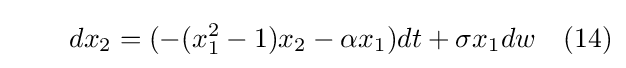
\qquad dx_{2}=(-(x_{1}^{2}-1)x_{2}-\alpha x_{1})dt+\sigma x_{1}dw\quad (14)